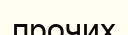
прочих